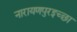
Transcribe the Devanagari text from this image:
नारायणपुरइच्छा